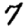
Digit: 7